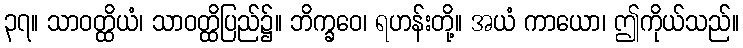
၃၇။ သာဝတ္ထိယံ၊ သာဝတ္ထိပြည်၌။ ဘိက္ခဝေ၊ ရဟန်းတို့။ အယံ ကာယော၊ ဤကိုယ်သည်။